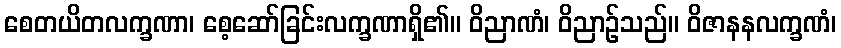
စေတယိတလက္ခဏာ၊ စေ့ဆော်ခြင်းလက္ခဏာရှိ၏။ ဝိညာဏံ၊ ဝိညာဉ်သည်။ ဝိဇာနနလက္ခဏံ၊